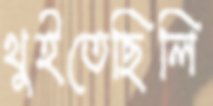
থুইতেছিলি